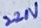
Text: 221V